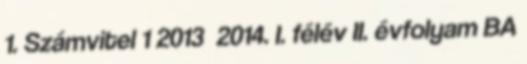
1. Számvitel 1 2013 2014. I. félév II. évfolyam BA